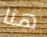
هنا